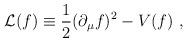
LaTeX: \begin{align*}{\cal L}(f) \equiv {1\over 2} (\partial_\mu f )^2 - V(f) \ ,\end{align*}